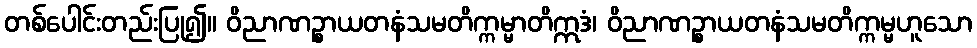
တစ်ပေါင်းတည်းပြု၍။ ဝိညာဏဉ္စာယတနံသမတိက္ကမ္မာတိဣဒံ၊ ဝိညာဏဉ္စာယတနံသမတိက္ကမ္မဟူသော